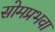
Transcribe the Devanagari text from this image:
सोमप्रभवा